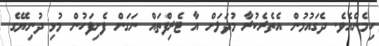
ހިމެނެއެވެ. ދެގައުމުން އެތެރެކުރާ މުދަލަށް އާ ޓެރިފްތައް ނަގަން ފެށިފަހުން މުޅި ދުނިޔޭގެ